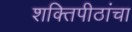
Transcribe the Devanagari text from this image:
शक्तिपीठांचा